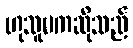
ဟုသူမကဆိုသည်